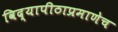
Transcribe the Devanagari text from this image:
विद्यापीठाप्रमाणेच